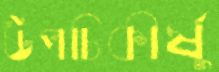
উপচিকীর্ষু